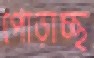
পোড়াচ্ছ